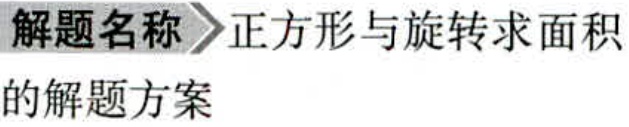
\textbf{解题名称} \textgreater 正方形与旋转求面积
的解题方案